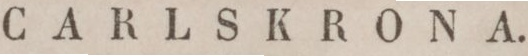
CARLSKRONA.